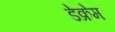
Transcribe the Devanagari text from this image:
डेक्रेम